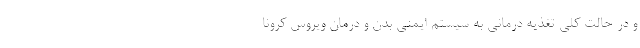
و در حالت کلی تغذیه درمانی به سیستم ایمنی بدن و درمان ویروس کرونا